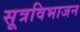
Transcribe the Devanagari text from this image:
सूत्रविभाजन